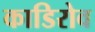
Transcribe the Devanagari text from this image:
काडिरोव